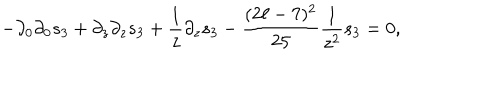
LaTeX: - \partial _ { 0 } \partial _ { 0 } s _ { 3 } + \partial _ { z } \partial _ { z } s _ { 3 } + { \frac { 1 } { z } } \partial _ { z } s _ { 3 } - { \frac { ( 2 \ell - 7 ) ^ { 2 } } { 2 5 } } { \frac { 1 } { z ^ { 2 } } } s _ { 3 } = 0 ,